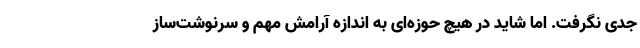
جدی نگرفت. اما شاید در هیچ حوزه‌ای به اندازه آرامش مهم و سرنوشت‌ساز